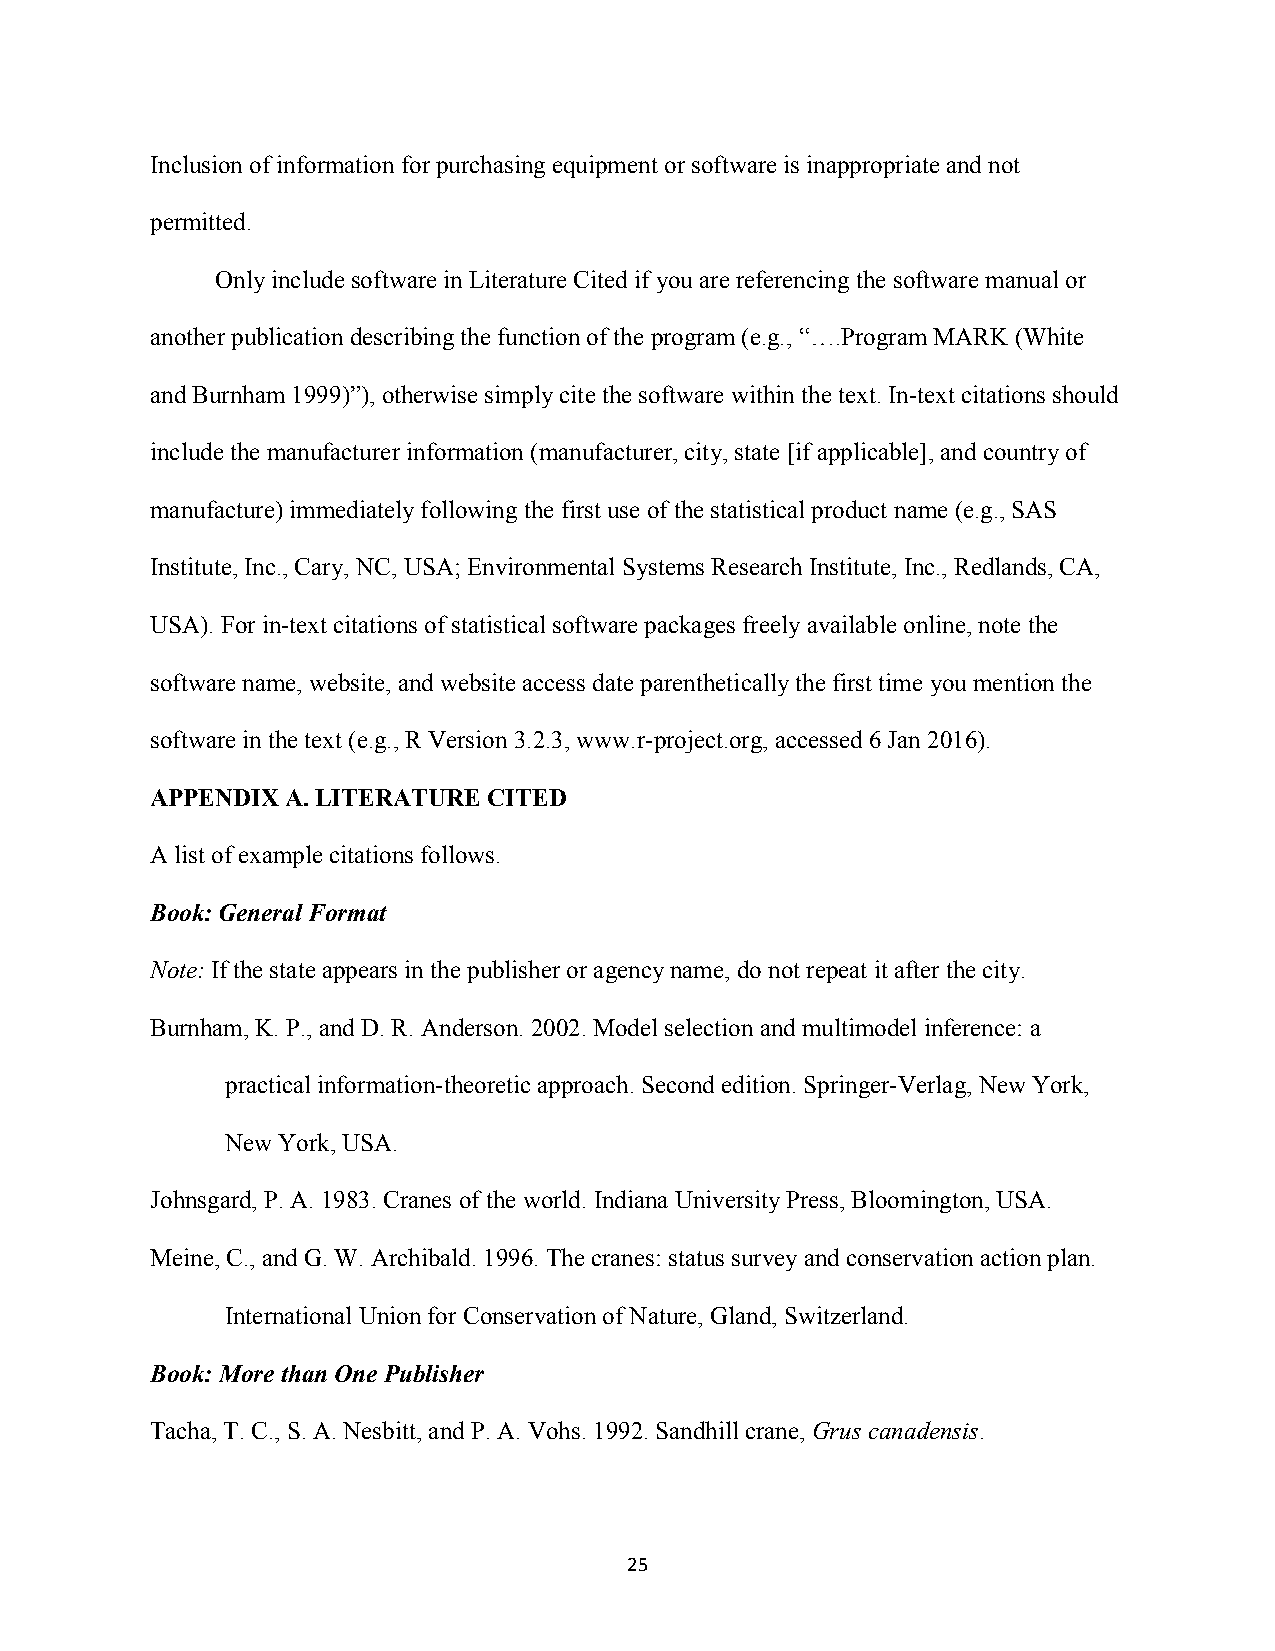
Inclusion of information for purchasing equipment or software is inappropriate and not
 permitted.
 Only include software in Literature Cited if you are referencing the software manual or
 another publication describing the function of the program (e.g., “….Program MARK (White
 and Burnham 1999)”), otherwise simply cite the software within the text. In-text citations should
 include the manufacturer information (manufacturer, city, state [if applicable], and country of
 manufacture) immediately following the first use of the statistical product name (e.g., SAS
 Institute, Inc., Cary, NC, USA; Environmental Systems Research Institute, Inc., Redlands, CA,
 USA). For in-text citations of statistical software packages freely available online, note the
 software name, website, and website access date parenthetically the first time you mention the
 software in the text (e.g., R Version 3.2.3, www.r-project.org, accessed 6 Jan 2016).
 APPENDIX A. LITERATURE CITED
 A list of example citations follows.
 Book: General Format
 Note: If the state appears in the publisher or agency name, do not repeat it after the city.
 Burnham, K. P., and D. R. Anderson. 2002. Model selection and multimodel inference: a
 practical information-theoretic approach. Second edition. Springer-Verlag, New York,
 New York, USA.
 Johnsgard, P. A. 1983. Cranes of the world. Indiana University Press, Bloomington, USA.
 Meine, C., and G. W. Archibald. 1996. The cranes: status survey and conservation action plan.
 International Union for Conservation of Nature, Gland, Switzerland.
 Book: More than One Publisher
 Tacha, T. C., S. A. Nesbitt, and P. A. Vohs. 1992. Sandhill crane, Grus canadensis.
 25